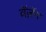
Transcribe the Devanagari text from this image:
वॅज़ॅन